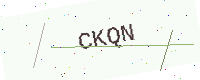
Text: CKQN